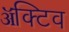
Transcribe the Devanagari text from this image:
ॲक्टिव